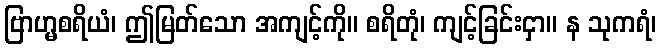
ဗြာဟ္မစရိယံ၊ ဤမြတ်သော အကျင့်ကို။ စရိတုံ၊ ကျင့်ခြင်းငှာ။ န သုကရံ၊